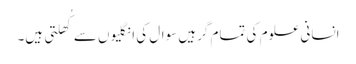
انسانی علوم کی تمام گرہیں سوال کی انگلیوں سے کُھلتی ہیں۔